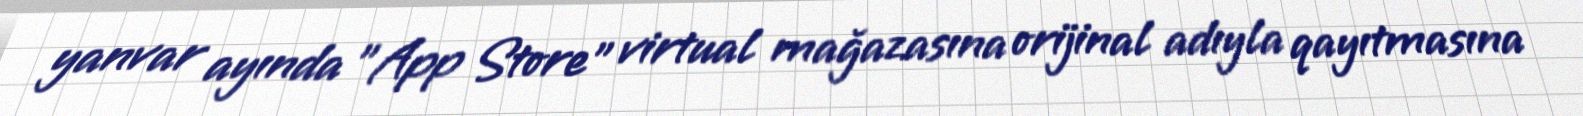
yanvar ayında "App Store" virtual mağazasına orijinal adıyla qayıtmasına